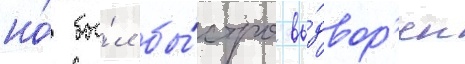
но́ бы́л бы́стро вы́двор'ен